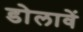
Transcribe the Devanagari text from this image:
डोलावें